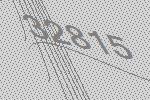
32815